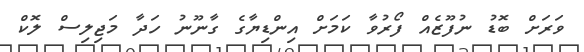
ވަރަށް ބޮޑު ނުފޫޒެއް ފޯރުވާ ކަމަށް އިންޑިޔާގެ ގާނޫނު ހަދާ މަޖިލިސް ލޮކް